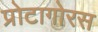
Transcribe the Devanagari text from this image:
प्रोटागोरस